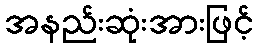
အနည်းဆုံးအားဖြင့်